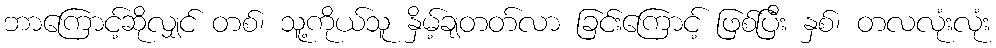
ဘာကြောင့်ဆိုလျှင် တစ်၊ သူ့ကိုယ်သူ နှိမ့်ချတတ်လာ ခြင်းကြောင့် ဖြစ်ပြီး နှစ်၊ တလလုံးလုံး